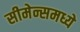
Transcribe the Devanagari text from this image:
सीमेन्समध्ये